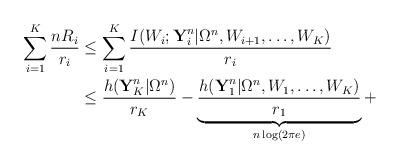
LaTeX: \begin{align*}\sum_{i=1}^K\frac{nR_i}{r_i} &\leq \sum_{i=1}^K\frac{I(W_i;\textbf{Y}_i^n|\Omega^n,W_{i+1},\ldots,W_K)}{r_i} \\ &\leq \frac{h(\textbf{Y}_K^n|\Omega^n)}{r_K}- \underbrace{\frac{h(\textbf{Y}_1^n|\Omega^n,W_{1},\ldots,W_K)}{r_1}}_{n\log (2\pi e)}+ \end{align*}